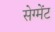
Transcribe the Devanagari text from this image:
सेग्मेंट